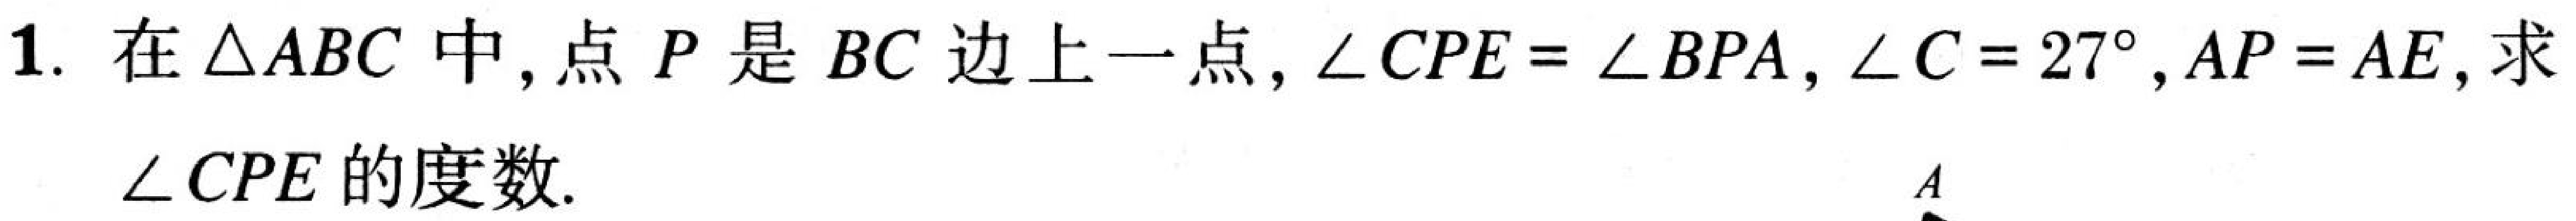
1. 在\(\triangle ABC\)中，点\(P\)是\(BC\)边上一点，\(\angle CPE = \angle BPA\)，\(\angle C = 27^{\circ}\)，\(AP = AE\)，求\(\angle CPE\)的度数.